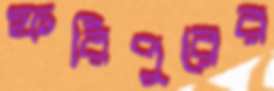
ফরিপুরের